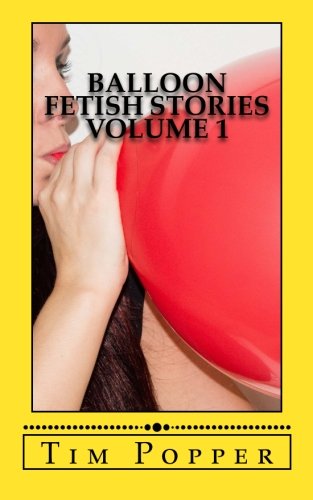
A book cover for Balloon Fetish Stories, Volume 1; Tim Popper; Romance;